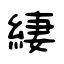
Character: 緀